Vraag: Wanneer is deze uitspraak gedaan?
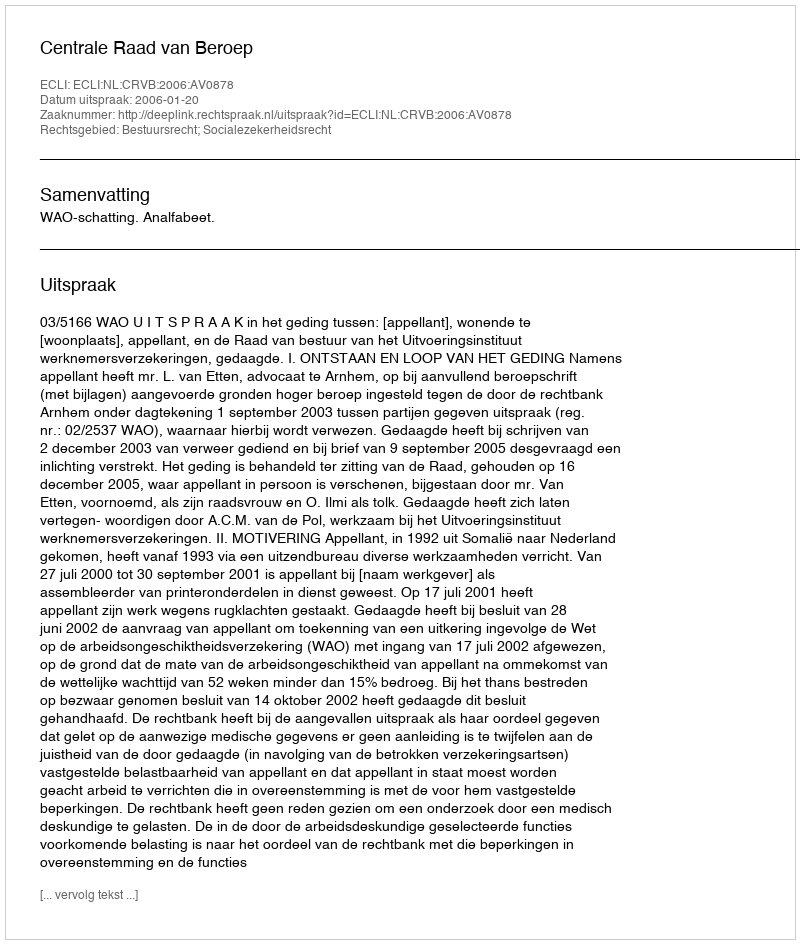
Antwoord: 2006-01-20